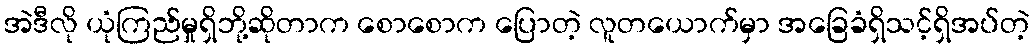
အဲဒီလို ယုံကြည်မှုရှိဘို့ဆိုတာက စောစောက ပြောတဲ့ လူတယောက်မှာ အခြေခံရှိသင့်ရှိအပ်တဲ့